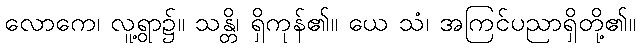
လောကေ၊ လူ့ရွာ၌။ သန္တိ၊ ရှိကုန်၏။ ယေ သံ၊ အကြင်ပညာရှိတို့၏။